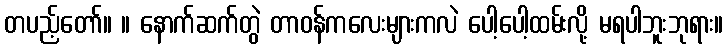
တပည့်တော်။ ။ နောက်ဆက်တွဲ တာဝန်ကလေးများကလဲ ပေါ့ပေါ့ထမ်းလို့ မရပါဘူးဘုရား။